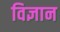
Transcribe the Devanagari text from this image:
विज्ञान